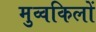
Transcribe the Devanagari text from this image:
मुव्वकिलों